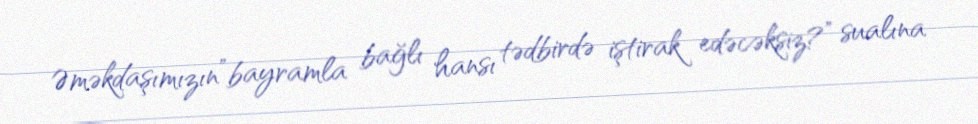
Əməkdaşımızın”bayramla bağlı hansı tədbirdə iştirak edəcəksiz?” sualına